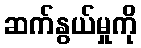
ဆက်နွယ်မှုကို